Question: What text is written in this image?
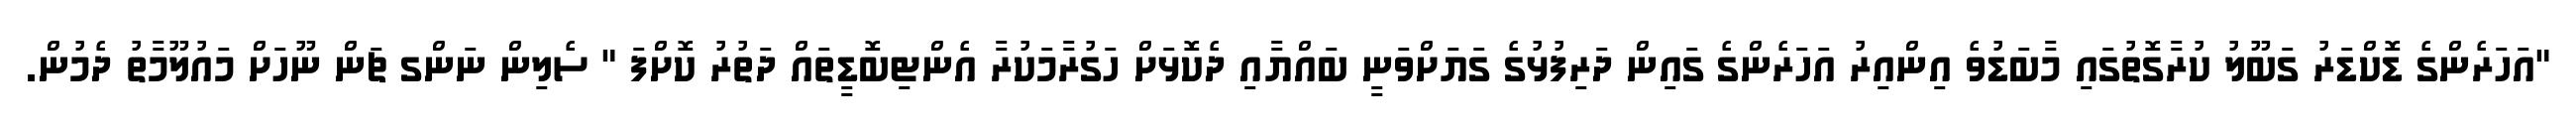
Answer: "އަހަރެންގެ ޑޮކްޑަރު ގަބޫލު ކުރާގޮތުގައި މާބަޑުވެ އިންއިރު އަހަރެންގެ ގައިން ދަރިފުޅުގެ ގަޔަށްވަނީ ބައްޔާއި ދެކޮޅަށް ހަގުރާމަކުރާ އެންޓިބޮޑީތައް ދަތުރު ކޮށްފަ " ސެލިން ނަންގ ޗަން ނޫހަށް މައުލޫމާތު ދެމުން.